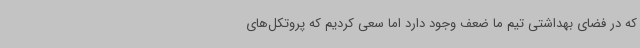
که در فضای بهداشتی تیم ما ضعف وجود دارد اما سعی کردیم که پروتکل‌های